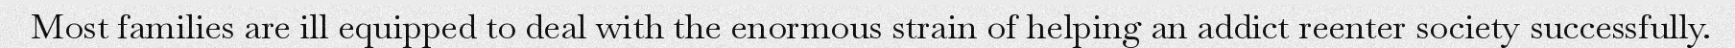
Most families are ill equipped to deal with the enormous strain of helping an addict reenter society successfully.